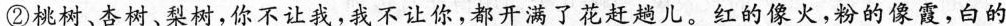
②桃树、杏树、梨树，你不让我，我不让你，都开满了花赶趟儿。红的像火，粉的像霞，白的